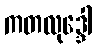
ကတလုဒ္ဒေါ